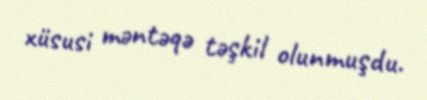
xüsusi məntəqə təşkil olunmuşdu.